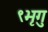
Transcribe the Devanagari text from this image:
९भृगु